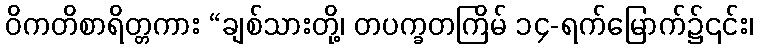
ဝိကတိစာရိတ္တကား “ချစ်သားတို့၊ တပက္ခတကြိမ် ၁၄-ရက်မြောက်၌၎င်း၊